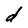
Character: d